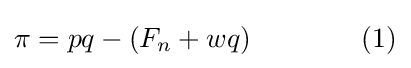
\pi =pq-(F_{n}+wq)\qquad \qquad (1)